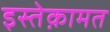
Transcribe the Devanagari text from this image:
इस्तेक़ामत